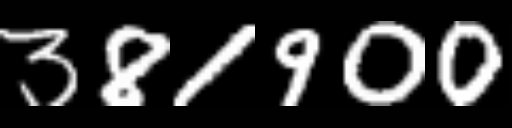
Text: 381900